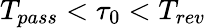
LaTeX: T_{pass}<\tau_{0}<T_{rev}